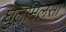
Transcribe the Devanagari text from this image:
घुलमिलसा